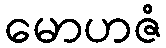
မောဟဇံ